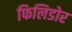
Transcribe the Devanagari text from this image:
फिलिडोर